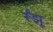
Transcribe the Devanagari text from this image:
र्रूंझू